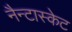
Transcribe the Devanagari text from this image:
नैन्टास्केट